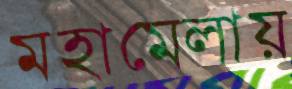
মহামেলায়